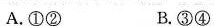
A.①② B.③④